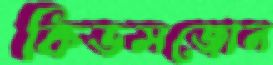
কিডসজোন